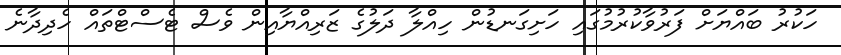
ހަކުރު ބައްޔަށް ފަރުވާކުރުމުގައި ހަށިގަނޑުން ހިއްލާ ދަލުގެ ޒަރިއްޔާއިން ވެސް ޓެސްޓްތައް ހެދިދާނެ